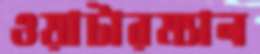
ওয়াটারম্যান